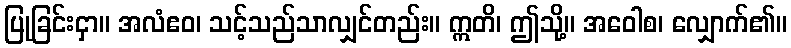
ပြုခြင်းငှာ။ အလံဧဝ၊ သင့်သည်သာလျှင်တည်း။ ဣတိ၊ ဤသို့။ အဝေါစ၊ လျှောက်၏။